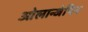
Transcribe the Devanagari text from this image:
ओलान्जेपिन